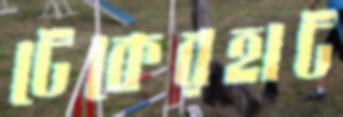
টেকেরহাট